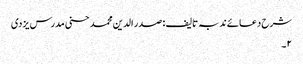
شرح دعائے ندبہ تالیف : صدر الدین محمد حسنی مدرس یزدی
۲۔